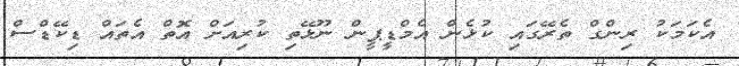
އެކަމަކު ރިންގް ތެރޭގައި ކުޅެން އެމްޑީޕީން ނޫޅޭތި ކުރިއަށް އޮތް އެތައް ޑިކޭޑްސް